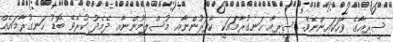
ސީރިއާގެ ވާހަކައިންނެވެ. ސީރިއާ ހަނގުރާމައަކީ ކާފަރުންނާއި މުސްލިމުންނާއި ދެމެދު ކުރެވޭ ބޮޑު ހަނގުރާމައެއް